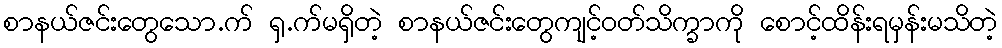
စာနယ်ဇင်းတွေသော.က် ရှ.က်မရှိတဲ့ စာနယ်ဇင်းတွေကျင့်ဝတ်သိက္ခာကို စောင့်ထိန်းရမှန်းမသိတဲ့